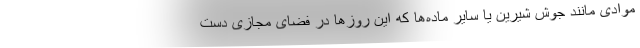
موادی مانند جوش شیرین یا سایر ماده‌ها که این روزها در فضای مجازی دست